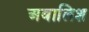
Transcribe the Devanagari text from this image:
अबालिश